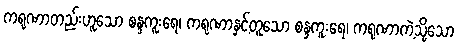
ကရုဏာတည်းဟူသော စန္ဒကူးရေ၊ ကရုဏာနှင့်တူသော စန္ဒကူးရေ၊ ကရုဏာကဲ့သို့သော